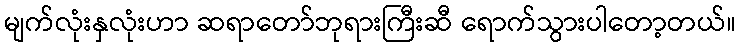
မျက်လုံးနှလုံးဟာ ဆရာတော်ဘုရားကြီးဆီ ရောက်သွားပါတော့တယ်။